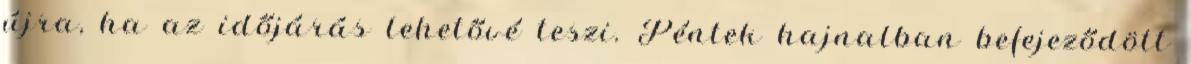
újra, ha az időjárás lehetővé teszi. Péntek hajnalban befejeződött